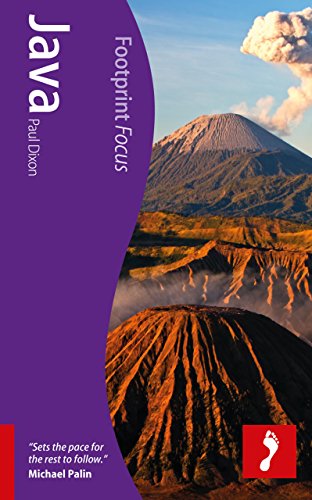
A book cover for Java (Footprint Focus); Paul Dixon; Travel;